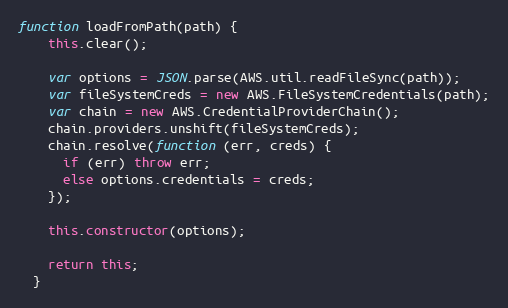
Language: JavaScript
function loadFromPath(path) {
    this.clear();

    var options = JSON.parse(AWS.util.readFileSync(path));
    var fileSystemCreds = new AWS.FileSystemCredentials(path);
    var chain = new AWS.CredentialProviderChain();
    chain.providers.unshift(fileSystemCreds);
    chain.resolve(function (err, creds) {
      if (err) throw err;
      else options.credentials = creds;
    });

    this.constructor(options);

    return this;
  }